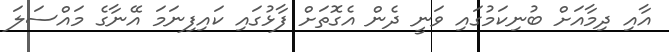
އާއި ދިމާއަށް ބުނިކަމުގައި ވަނީ ދެން އެގޮތަށް ފާޅުގައި ކައިފިނަމަ އޭނާގެ މައްސަލަ